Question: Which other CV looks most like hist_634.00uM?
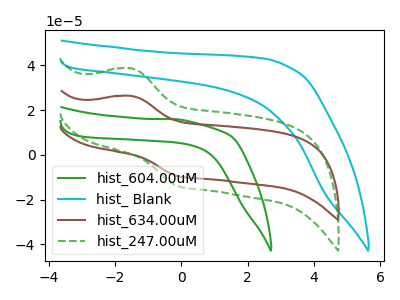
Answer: <think>The green curve "hist_604.00uM" has no peaks. The cyan curve "hist_ Blank" has no peaks. The brown curve "hist_634.00uM" has an anodic peak at (-1.55V, 26.35uA) and a cathodic peak at (-0.10V, -9.45uA). The green dashed curve "hist_247.00uM" has an anodic peak at (-1.55V, 38.70uA) and a cathodic peak at (-0.10V, -13.90uA).
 Neither "hist_604.00uM" or "hist_ Blank" have any peaks. "hist_604.00uM" and "hist_634.00uM" have a different number of peaks. "hist_604.00uM" and "hist_247.00uM" have a different number of peaks. "hist_ Blank" and "hist_634.00uM" have a different number of peaks. "hist_ Blank" and "hist_247.00uM" have a different number of peaks. All the peaks in "hist_634.00uM" have a peak in "hist_247.00uM" at the same potential. Every peak in "hist_634.00uM" is lower than every peak in "hist_247.00uM".</think>
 <answer>The CV with the most similar shape to "hist_247.00uM" is "hist_634.00uM".</answer>
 <eval>"hist_634.00uM"</eval>